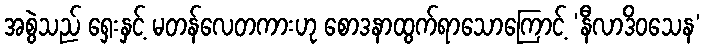
အစွဲသည် ရှေးနှင့် မတန်လေတကားဟု စောဒနာထွက်ရာသောကြောင့် ‘နီလာဒိဝသေန’